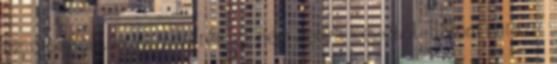
az országuton, fegyverét el nem dobva kezéből. Három kurazir